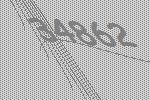
34862